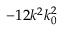
- 1 2 k ^ { 2 } k _ { 0 } ^ { 2 }